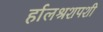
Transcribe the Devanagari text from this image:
र्हालश्रशपशी